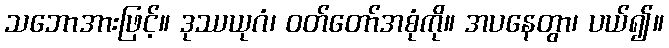
သဘောအားဖြင့်။ ဒုဿယုဂံ၊ ဝတ်တော်အစုံကို။ အပနေတွာ၊ ပယ်၍။